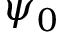
\psi _ { 0 }